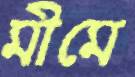
মীমে